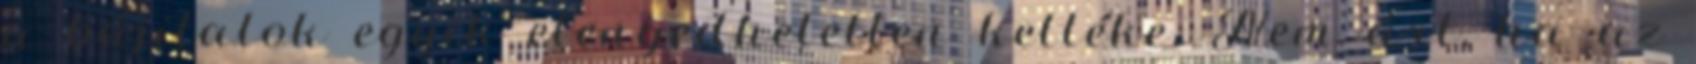
a bájitalok egyik elengedhetetlen kelléke. Nem árt, ha az